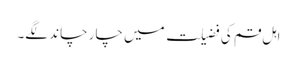
اہل قم کی فضیلت میں چار چاند لگے۔